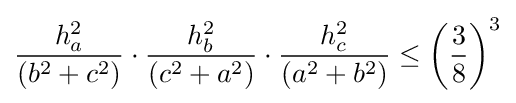
{\frac {h_{a}^{2}}{(b^{2}+c^{2})}}\cdot {\frac {h_{b}^{2}}{(c^{2}+a^{2})}}\cdot {\frac {h_{c}^{2}}{(a^{2}+b^{2})}}\leq \left({\frac {3}{8}}\right)^{3}